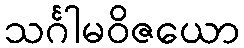
သင်္ဂါမဝိဇယော